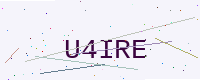
Text: U4IRE